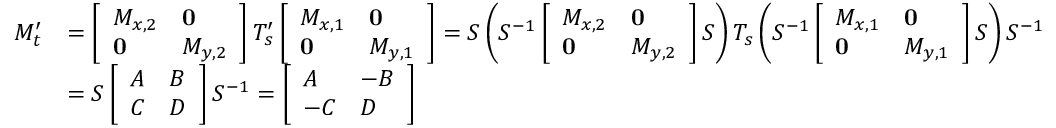
\begin{array} { r l } { M _ { t } ^ { \prime } } & { = \left[ \begin{array} { l l } { M _ { x , 2 } } & { \mathbf { 0 } } \\ { \mathbf { 0 } } & { M _ { y , 2 } } \end{array} \right] T _ { s } ^ { \prime } \left[ \begin{array} { l l } { M _ { x , 1 } } & { \mathbf { 0 } } \\ { \mathbf { 0 } } & { M _ { y , 1 } } \end{array} \right] = S \left( S ^ { - 1 } \left[ \begin{array} { l l } { M _ { x , 2 } } & { \mathbf { 0 } } \\ { \mathbf { 0 } } & { M _ { y , 2 } } \end{array} \right] S \right) T _ { s } \left( S ^ { - 1 } \left[ \begin{array} { l l } { M _ { x , 1 } } & { \mathbf { 0 } } \\ { \mathbf { 0 } } & { M _ { y , 1 } } \end{array} \right] S \right) S ^ { - 1 } } \\ & { = S \left[ \begin{array} { l l } { A } & { B } \\ { C } & { D } \end{array} \right] S ^ { - 1 } = \left[ \begin{array} { l l } { A } & { - B } \\ { - C } & { D } \end{array} \right] } \end{array}